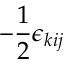
- \frac 1 2 \epsilon _ { k i j }